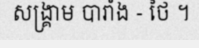
សង្គ្រាម បារាំង - ថៃ ។